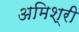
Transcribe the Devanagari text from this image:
अमिश्री